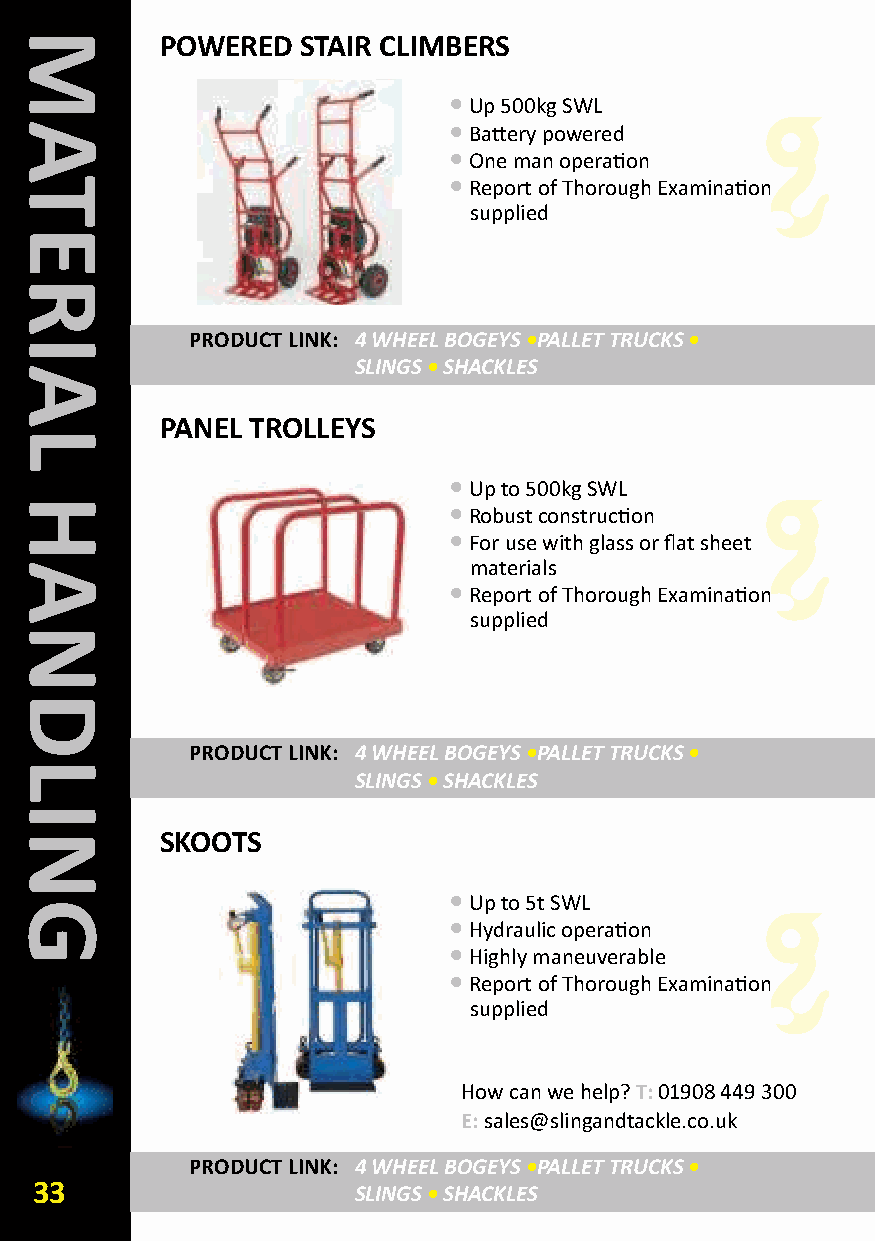
POWERED  STAIR CLIMBERS
 •Up 500kg SWL
 •Battery powered
 •One man operation
 •Report of Thorough Examination
 supplied
 PRODUCT LINk: 4 WHEEL BOGEYS•PALLET TRUCKS•
 SLINGS •SHACKLES
 PANEL TROLLEYS
 •Up to 500kg SWL
 •Robust construction
 •For use with glass or flat sheet
 materials
 •Report of Thorough Examination
 supplied
 PRODUCT LINk: 4 WHEEL BOGEYS•PALLET TRUCKS•
 SLINGS •SHACKLES
 SkOOTS
 •Up to 5t SWL
 •Hydraulic operation
 •Highly maneuverable
 •Report of Thorough Examination
 supplied
 How can we help? T:01908 449 300
 E:sales@slingandtackle.co.uk
 PRODUCT LINk: 4 WHEEL BOGEYS•PALLET TRUCKS•
 33                   SLINGS •SHACKLES
 MATERIAL
 HANDLING